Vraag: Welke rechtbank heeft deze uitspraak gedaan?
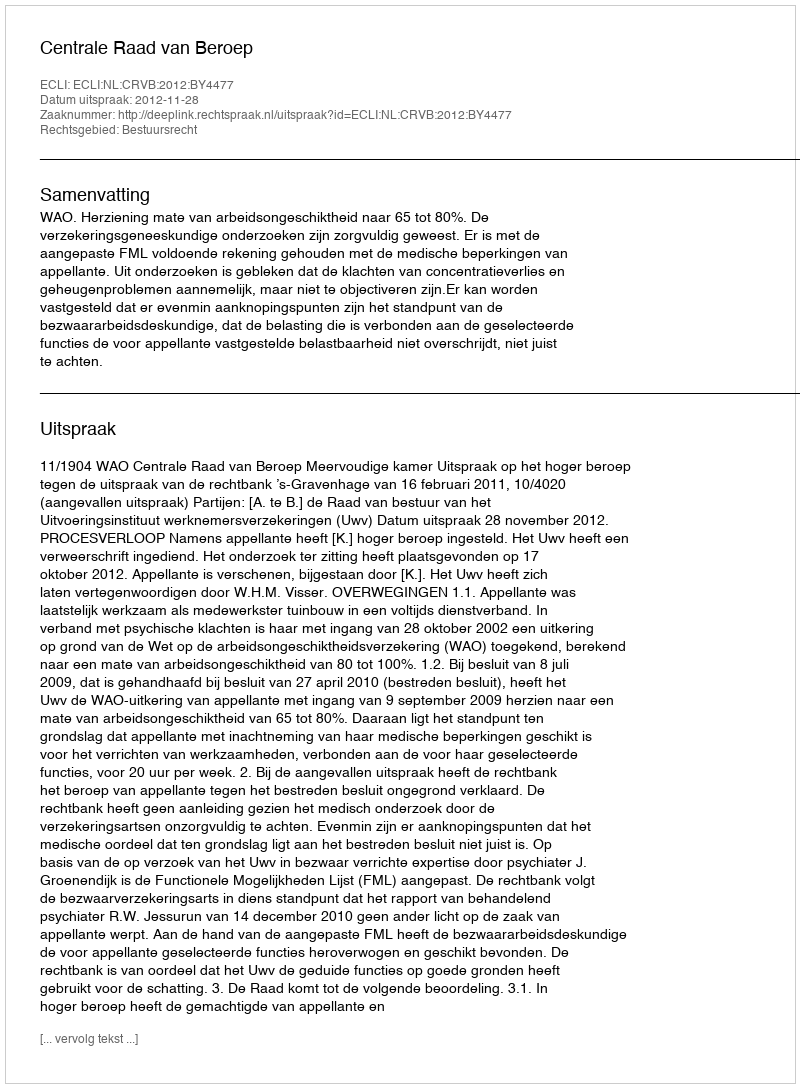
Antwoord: Centrale Raad van Beroep